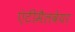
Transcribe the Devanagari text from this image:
एंटीमैलवेयर